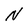
Character: N